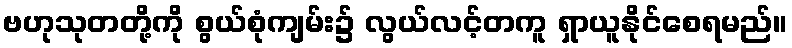
ဗဟုသုတတို့ကို စွယ်စုံကျမ်း၌ လွယ်လင့်တကူ ရှာယူနိုင်စေရမည်။